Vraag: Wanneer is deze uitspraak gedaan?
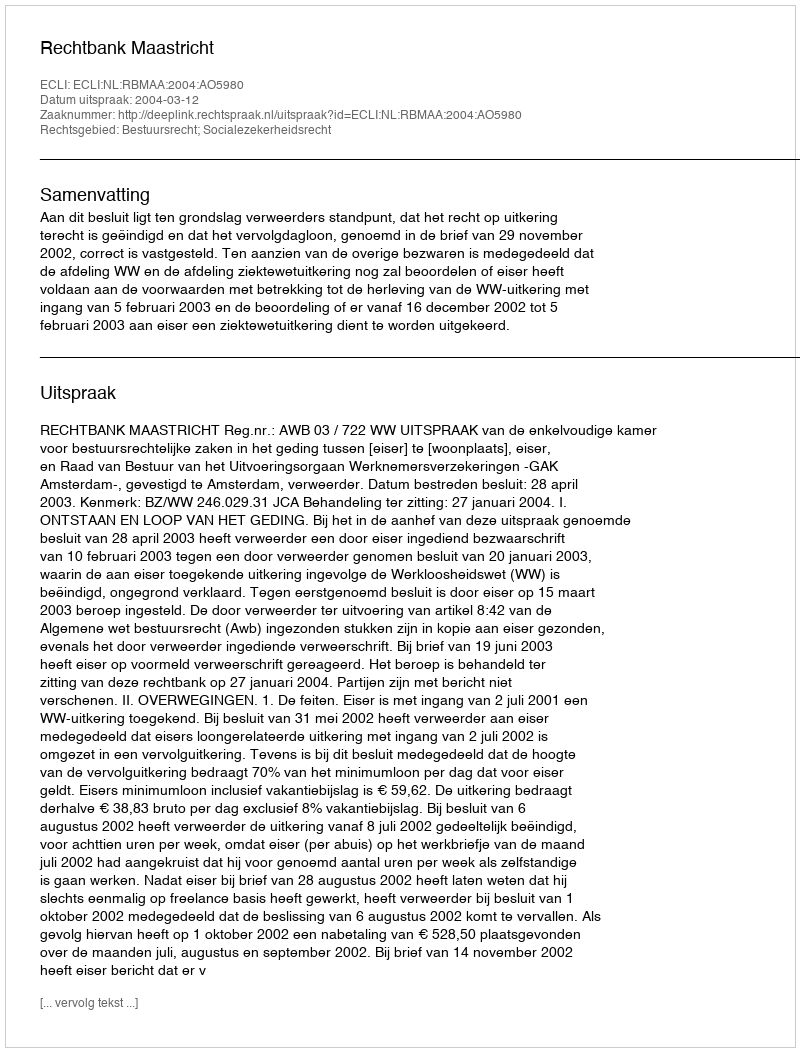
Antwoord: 2004-03-12